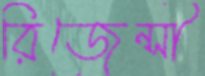
রিজেন্সী